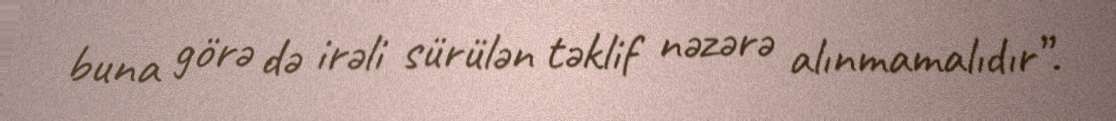
buna görə də irəli sürülən təklif nəzərə alınmamalıdır”.